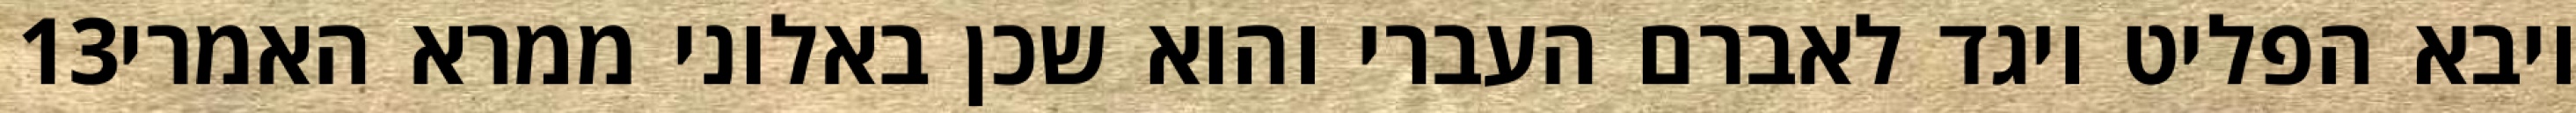
‎13‏ ויבא הפליט ויגד לאברם העברי והוא שכן באלוני ממרא האמרי